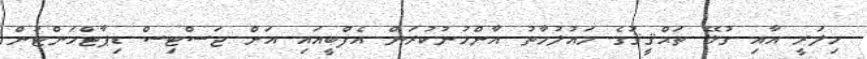
ހިލަރީ އާއި ގުޅޭ ތަޙްޤީޤުގެ މައުލުމާތު އާންމުނުކުރަން އެފްބީއައި އަށް ޖަސްޓިސް ޑިޕާޓްމަންޓުން